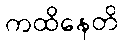
ကထိနေတိ